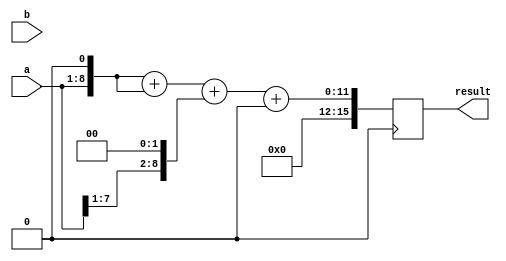
module booth_multiplier(
  input [7:0] a,
  input [7:0] b,
  output [15:0] result
);

reg [15:0] partial_products [3:0];
reg [15:0] product;

// Partial product generation
always @(*)
begin
  partial_products[0] = {8'b0, a} << 1;
  partial_products[1] = {8'b0, a};
  partial_products[2] = {8'b0, a} >> 1;
  partial_products[3] = 16'b0;
end

// Parallel adder
always @(*)
begin
  product = partial_products[0] + (partial_products[1] << 1) + (partial_products[2] << 2) + (partial_products[3] << 3);
end

// Final accumulator
always @(posedge clk)
begin
  result <= product;
end

endmodule